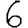
Digit: 6